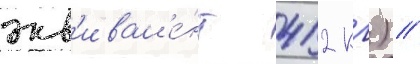
экв'ивал'е́нт 412 кг) /